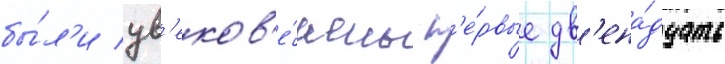
бы́л'и ув'еков'е́чены п'е́рвые дв'ена́дцать